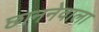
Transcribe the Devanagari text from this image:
छाननेवाला